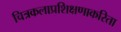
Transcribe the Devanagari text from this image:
चित्रकलाप्रशिक्षणाकरिता